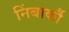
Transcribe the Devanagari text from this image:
निंबार्कौ